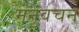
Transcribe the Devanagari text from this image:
मनुवचन